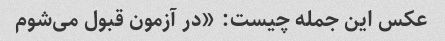
عکس این جمله چیست: «در آزمون قبول می‌شوم